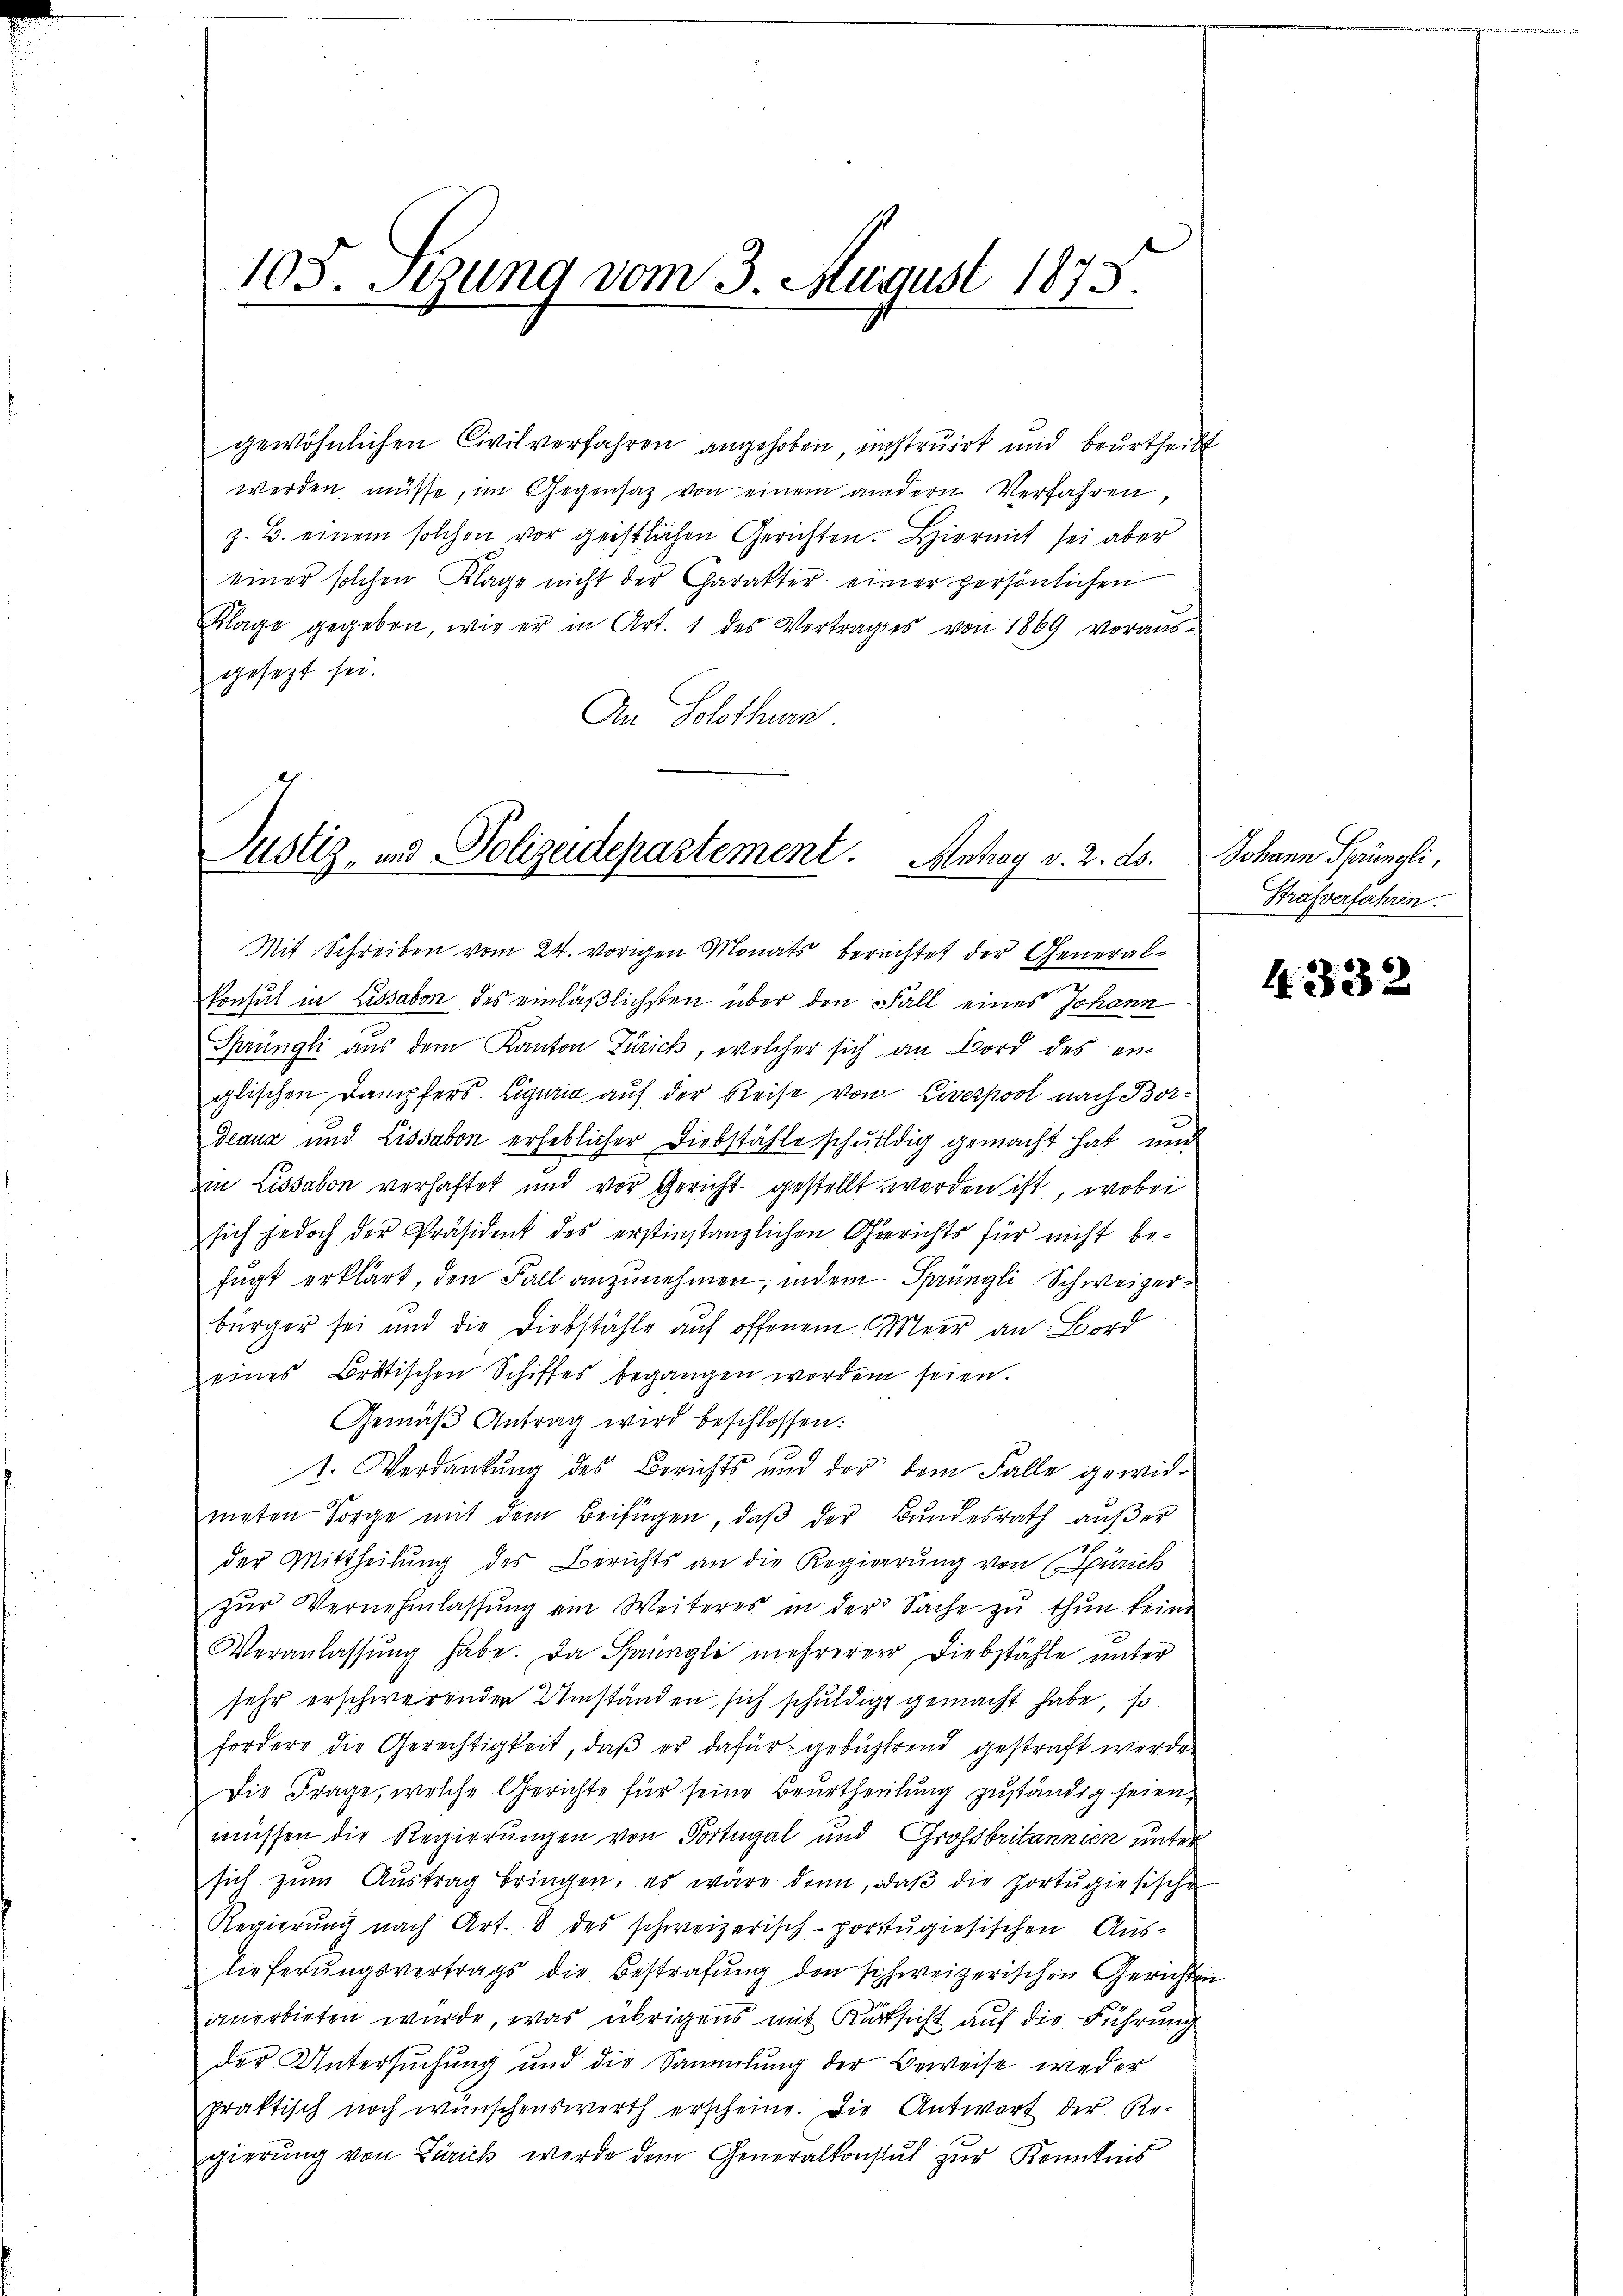
103. Sitzung vom 3. August 1875.

gewöhnlichen Civilverfahren angehoben, instruirt und beurtheilt
werden müsse, im Gegensatz von einem andern Verfahren,
z. B. einem solchen vor geistlichen Gerichten. Hiermit sei aber
einer solchen Klage nicht der Charakter einer persönlichen
Klage gegeben, wie er in Art. 1 des Vertrages von 1869 vorausgesezt sei.
An Solothurn
Mit Schreiben vom 24. vorigen Monats berechtet der Generalkonsul in Lissabon des einläßlichsten über den Fall eines Johann
Sprüngli aus dem Kanton Zürich, welcher sich an Bord des en-
glischen Dampfers Liguria aŭf der Reise von Liverpool nach Bordeaux und Lissabon erheblicher Diebstähle schuldig gemacht hat und
in Lissabon verhaftet und vor Gericht gestellt worden ist, wobei
sich jedoch der Präsident des erstinstanzlichen Gerichts für nicht be-
fugt erklärt, den Fall anzunehmen, indem Sprüngli Schweizerbürger sei und die Diebstähle auf offenem Meer an. Bord
eines Britischen Schiffes begangen worden seien.
Gemäß Antrag wird beschlossen:
1. Verdankung des Berichts und der dem Falle gewidneten Sorge mit dem Beifügen, daβ der Bŭndesrath aŭβer
der Mittheilung des Berichts an die Regierung von Zürich
zŭr Vernehmlassŭng ein Weiteres in der Sache zŭ thŭn keine
Veranlassŭng habe. Da Sprüngli mehrerer Diebstähle ŭnter
sehr erschwerenden Umständen sich schuldig gemacht habe, so
fordere die Gerechtigkeit, daβ er dafür gebührend gestraft werden
Die Frage, welche Gerichte für seine Beurtheilung zuständig seien,
müssen die Regierungen von Portugal und Grossbritannien unter
sich zum Austrag bringen, es wäre dann, daβ die Hortugiesische
Regierŭng nach Art. 8 des schweizerisch-porstŭgiesischen Aus-
lieferungsvertrags die Bestrafung den schweizerischen Gerichten
anerbieten wurde, was übrigens mit Rücksicht auf die Führung
der Untersuchung und die Sammlung der Beweise weder
praktisch noch wünschenswerth erscheine. Die Antwort der Ar-
gierung von Zürich werde dem Generalkonsul zur Kenntnis

Justiz- und Polizeidepartement. Antrag v. 2. ds.   Johann Sprüngli,

Strafverfahren.

4. 332